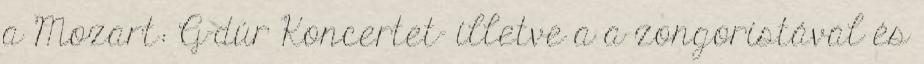
a Mozart: G-dúr Koncertet- illetve a a zongoristával és